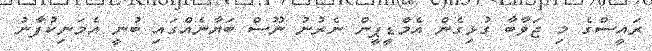
ރައީސްގެ މި ޖަވާބާ ގުޅިގެން އެމްޑީޕީން ނެރުނު ނޫސް ބަޔާނެއްގައި ބުނީ އެމަނިކުފާނު